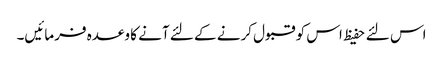
اس لئے حفیظ اس کو قبول کرنے کے لئے آنے کا وعدہ فرمائیں۔